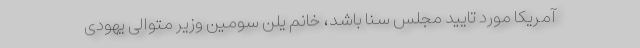
آمریکا مورد تایید مجلس سنا باشد، خانم یلن سومین وزیر متوالی یهودی